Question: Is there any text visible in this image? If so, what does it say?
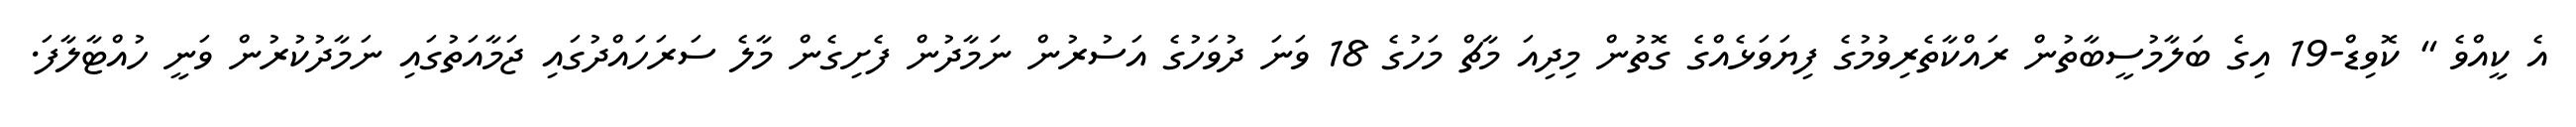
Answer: އެ ކީއްވެ " ކޮވިޑް-19 އިގެ ބަލާމުސީބާތުން ރައްކާތެރިވުމުގެ ފިޔަވަޅެއްގެ ގޮތުން މިދިއަ މާޗް މަހުގެ 18 ވަނަ ދުވަހުގެ އަސުރުން ނަމާދުން ފެށިގެން މާލެ ސަރަހައްދުގައި ޖަމާއަތުގައި ނަމާދުކުރުން ވަނީ ހުއްޓާލާފަ.